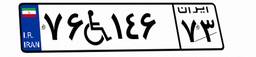
۷۶W۱۴۶۷۳